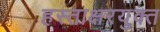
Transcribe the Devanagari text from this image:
हस्ताक्षरयुक्त